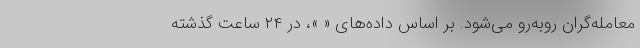
معامله‌گران روبه‌رو می‌شود. بر اساس داده‌های « »، در ۲۴ ساعت گذشته